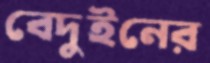
বেদুইনের